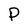
Character: P